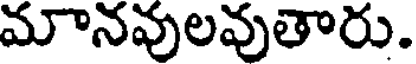
మానవులవుతారు.